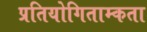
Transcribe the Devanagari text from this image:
प्रतियोगिताम्कता